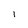
Character: l